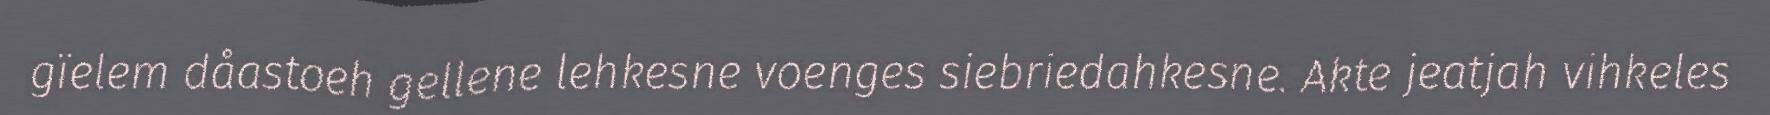
gïelem dåastoeh gellene lehkesne voenges siebriedahkesne. Akte jeatjah vihkeles